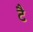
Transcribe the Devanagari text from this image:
टै